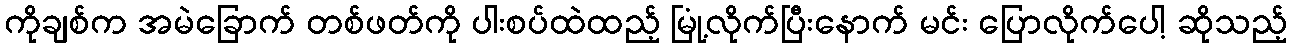
ကိုချစ်က အမဲခြောက် တစ်ဖတ်ကို ပါးစပ်ထဲထည့် မြုံ့လိုက်ပြီးနောက် မင်း ပြောလိုက်ပေါ့ ဆိုသည့်